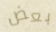
بعض